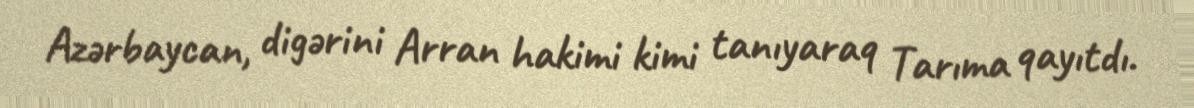
Azərbaycan, digərini Arran hakimi kimi tanıyaraq Tarıma qayıtdı.